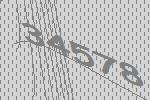
34578